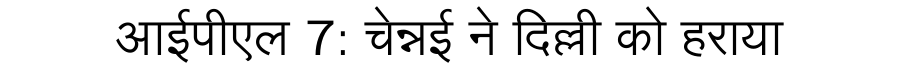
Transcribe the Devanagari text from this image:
आईपीएल 7: चेन्नई ने दिल्ली को हराया